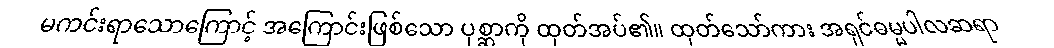
မကင်းရာသောကြောင့် အကြောင်းဖြစ်သော ပုစ္ဆာကို ထုတ်အပ်၏။ ထုတ်သော်ကား အရှင်ဓမ္မပါလဆရာ